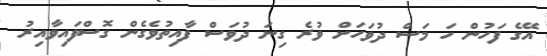
އޭގެ ފަހުން ހަ މަސް ދުވަހަށް ވުރެ ގިނަ ދުވަސް ފާއިތުވެގެން ގޮސްފައިވާއިރު